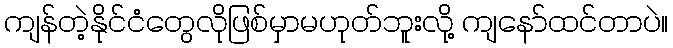
ကျန်တဲ့နိုင်ငံတွေလိုဖြစ်မှာမဟုတ်ဘူးလို့ ကျနော်ထင်တာပဲ။